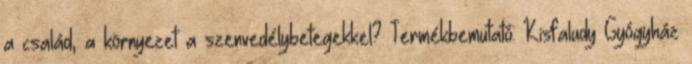
a család, a környezet a szenvedélybetegekkel? Termékbemutató: Kisfaludy Gyógyház